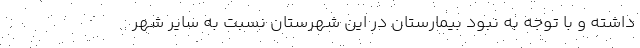
داشته و با توجه به نبود بیمارستان در این شهرستان نسبت به سایر شهر